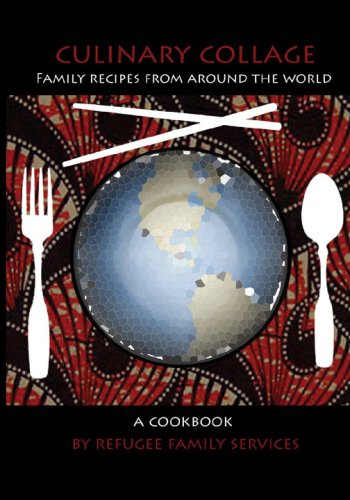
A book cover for Culinary Collage: An International Cookbook; Refugee Family Service; Cookbooks, Food & Wine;